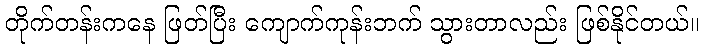
တိုက်တန်းကနေ ဖြတ်ပြီး ကျောက်ကုန်းဘက် သွားတာလည်း ဖြစ်နိုင်တယ်။